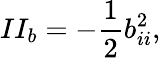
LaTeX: II_{b}=-\frac{1}{2}b_{ii}^{2},